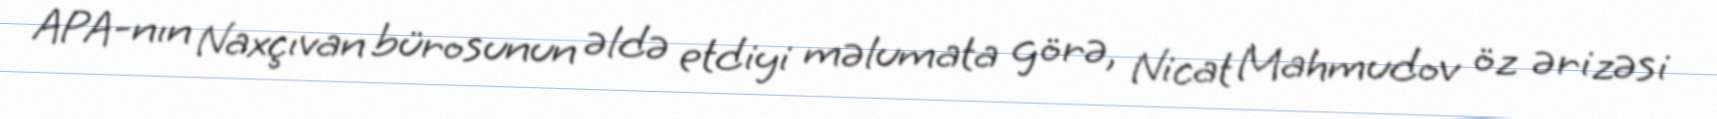
APA-nın Naxçıvan bürosunun əldə etdiyi məlumata görə, Nicat Mahmudov öz ərizəsi